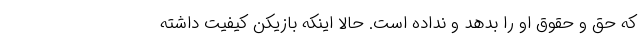
که حق و حقوق او را بدهد و نداده است. حالا اینکه بازیکن کیفیت داشته